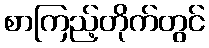
စာကြည့်တိုက်တွင်